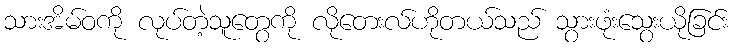
သားအိမ်ဝကို လုပ်တဲ့သူတွေကို လိုတေးလ်ဟိုတယ်သည် သွားဖုံးသွေးယိုခြင်း